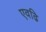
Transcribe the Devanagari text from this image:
एवढि